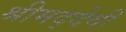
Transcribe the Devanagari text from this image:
श्रीमद्देवी